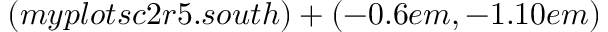
( m y p l o t s c 2 r 5 . s o u t h ) + ( - 0 . 6 e m , - 1 . 1 0 e m )